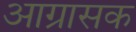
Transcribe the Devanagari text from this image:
आग्रासक